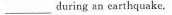
___during an earthquake.